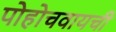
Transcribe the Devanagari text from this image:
पोहोचवायची